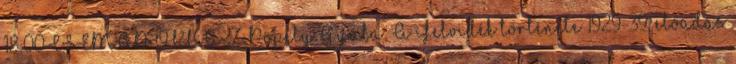
18:00 CSEMADOKHÁZ Popély Gyula: A Felvidék története 1929-39, előadás